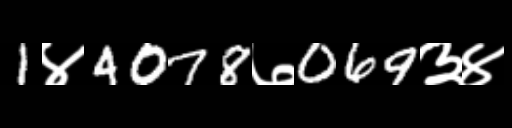
Text: 1४4078७069३४